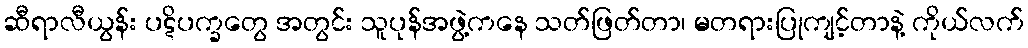
ဆီရာလီယွန်း ပဋိပက္ခတွေ အတွင်း သူပုန်အဖွဲ့ကနေ သတ်ဖြတ်တာ၊ မတရားပြုကျင့်တာနဲ့ ကိုယ်လက်